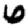
Digit: 6